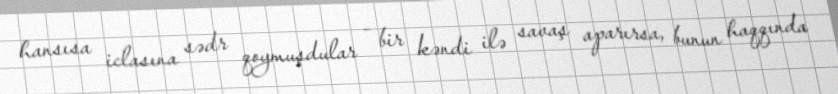
hansısa iclasına sədr qoymuşdular - bir kəndi ilə savaş aparırsa, bunun haqqında